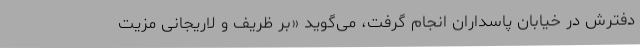
دفترش در خیابان پاسداران انجام گرفت، می‌گوید «بر ظریف و لاریجانی مزیت